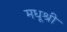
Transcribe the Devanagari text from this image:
मधूश्री